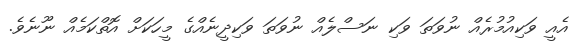
އެއީ ވަކިއުމުރެއް ނުވަތަ ވަކި ނަސްލެއް ނުވަތަ ވަކިދީނެއްގެ މީހަކަށް އޮތްކަމެއް ނޫނެވެ.